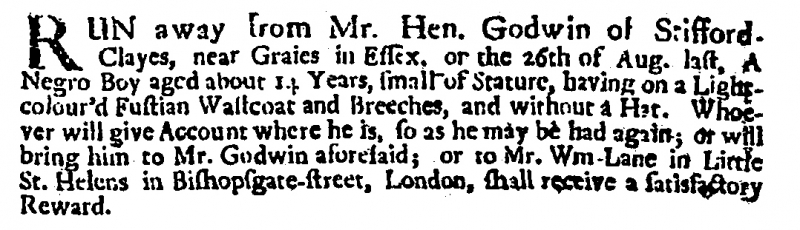
Post Boy (1695), 3 September 1713 (England)
RUN away from Mr. Hen. Godwin of Stifford-Clayes, near Graies in Essex, on the 26th of Aug. last, a Negro Boy aged about 14 Years, small of Stature, having on a Light-colour’d Fustian Wastcoat and Breeches, and without a Hat. Whoever will give Account where he is, so as he may be had again; or will bring him to Mr. Godwin aforesaid; or to Mr. Wm Lane in Little St. Helens in Bishopgate-street, London, shall receive a satisfactory Reward.